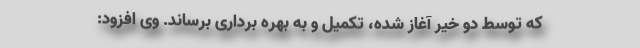
که توسط دو خیر آغاز شده، تکمیل و به بهره برداری برساند. وی افزود: